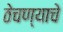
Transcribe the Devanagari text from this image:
ठेचण्याचे